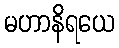
မဟာနိရယေ